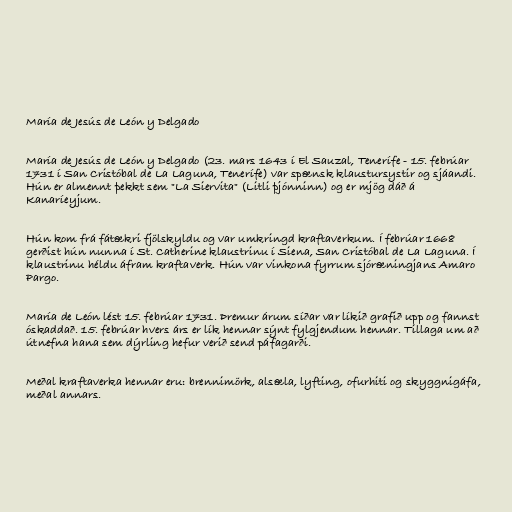
María de Jesús de León y Delgado

María de Jesús de León y Delgado (23. mars 1643 í El Sauzal, Tenerífe - 15. febrúar
1731 í San Cristóbal de La Laguna, Tenerífe) var spænsk klaustursystir og sjáandi.
Hún er almennt þekkt sem "La Siervita" (Litli þjónninn) og er mjög dáð á
Kanaríeyjum.

Hún kom frá fátækri fjölskyldu og var umkringd kraftaverkum. Í febrúar 1668
gerðist hún nunna í St. Catherine klaustrinu í Siena, San Cristóbal de La Laguna. Í
klaustrinu héldu áfram kraftaverk. Hún var vinkona fyrrum sjóræningjans Amaro
Pargo.

María de León lést 15. febrúar 1731. Þremur árum síðar var líkið grafið upp og fannst
óskaddað. 15. febrúar hvers árs er lík hennar sýnt fylgjendum hennar. Tillaga um að
útnefna hana sem dýrling hefur verið send páfagarði.

Meðal kraftaverka hennar eru: brennimörk, alsæla, lyfting, ofurhiti og skyggnigáfa,
meðal annars.